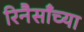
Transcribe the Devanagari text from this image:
रिनैसाँच्या